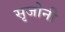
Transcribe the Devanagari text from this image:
सृजोनी